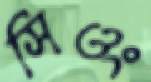
সিওং